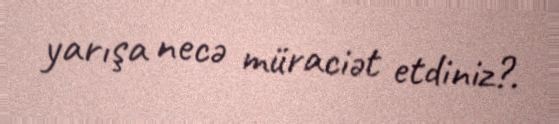
yarışa necə müraciət etdiniz?.